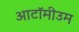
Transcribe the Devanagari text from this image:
आटॉमीउम